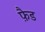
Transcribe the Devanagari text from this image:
फ़ैड